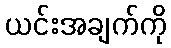
ယင်းအချက်ကို